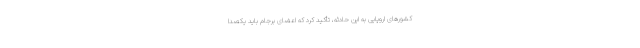
کشورهای اروپایی به این حادثه، تأکید کرد که اعضای برجام باید یکصدا